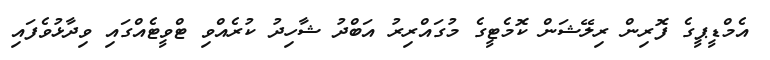
އެމްޑީޕީގެ ފޮރިން ރިލޭޝަން ކޮމެޓީގެ މުގައްރިރު އަބްދު ޝާހިދު ކުރެއްވި ޓްވީޓެއްގައި ވިދާޅުވެފައި